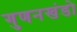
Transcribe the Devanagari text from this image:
गुणनखंडो